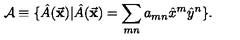
{ \cal A } \equiv \{ \hat { A } ( { \vec { \bf x } } ) | \hat { A } ( { \vec { \bf x } } ) = \sum _ { m n } a _ { m n } { \hat { x } } ^ { m } { \hat { y } } ^ { n } \} .